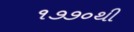
૧૭૭૦થી